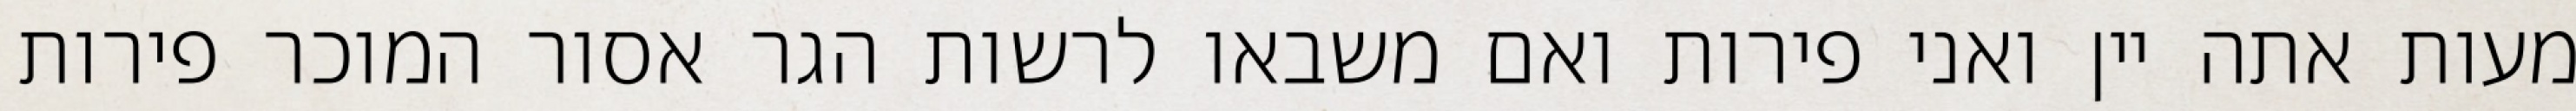
מעות אתה יין ואני פירות ואם משבאו לרשות הגר אסור המוכר פירות